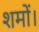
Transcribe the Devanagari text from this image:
शमों।